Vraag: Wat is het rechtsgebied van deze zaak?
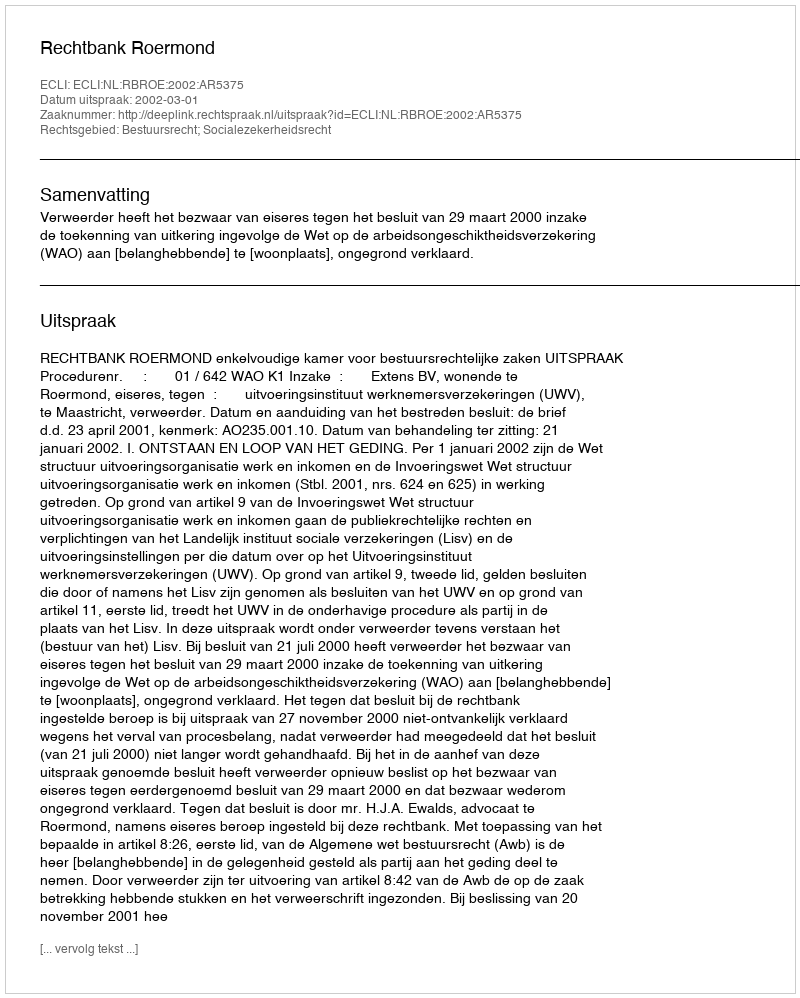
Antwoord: Bestuursrecht; Socialezekerheidsrecht